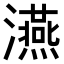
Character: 𤃇